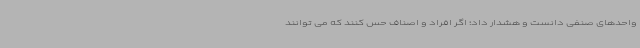
واحدهای صنفی دانست و هشدار داد؛ اگر افراد و اصناف حس کنند که می توانند